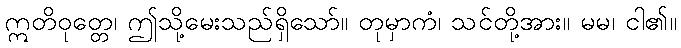
ဣတိဝုတ္တေ၊ ဤသို့မေးသည်ရှိသော်။ တုမှာကံ၊ သင်တို့အား။ မမ၊ ငါ၏။